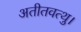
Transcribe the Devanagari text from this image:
अतीतवत्थु।